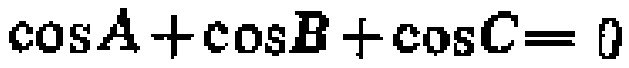
\(\cos A+\cos B+\cos C = 0\)